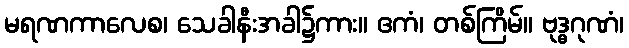
မရဏကာလေစ၊ သေခါနီးအခါ၌ကား။ ဧကံ၊ တစ်ကြိမ်။ ဗုဒ္ဓဂုဏံ၊